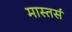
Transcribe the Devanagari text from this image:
मास्तर्स